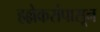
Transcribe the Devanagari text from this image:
हल्लेकरांपासून